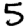
Digit: 5